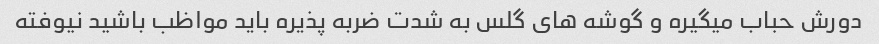
دورش حباب میگیره و گوشه های گلس به شدت ضربه پذیره باید مواظب باشید نیوفته